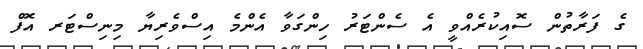
ގެ ފަރާތުން ސޮއިކުރެއްވީ އެ ސެންޓަރު ހިންގަވާ އެންމެ އިސްވެރިޔާ މިނިސްޓަރ އޮފް